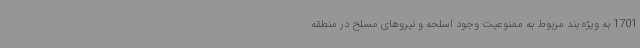
1701 به ویژه بند مربوط به ممنوعیت وجود اسلحه و نیروهای مسلح در منطقه